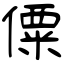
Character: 僳